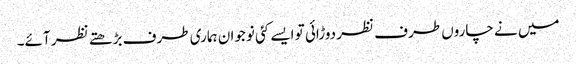
میں نے چاروں طرف نظر دوڑائی تو ایسے کئی نوجوان ہماری طرف بڑھتے نظر آئے۔